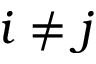
i \neq j